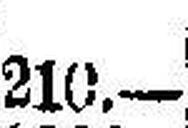
210.—